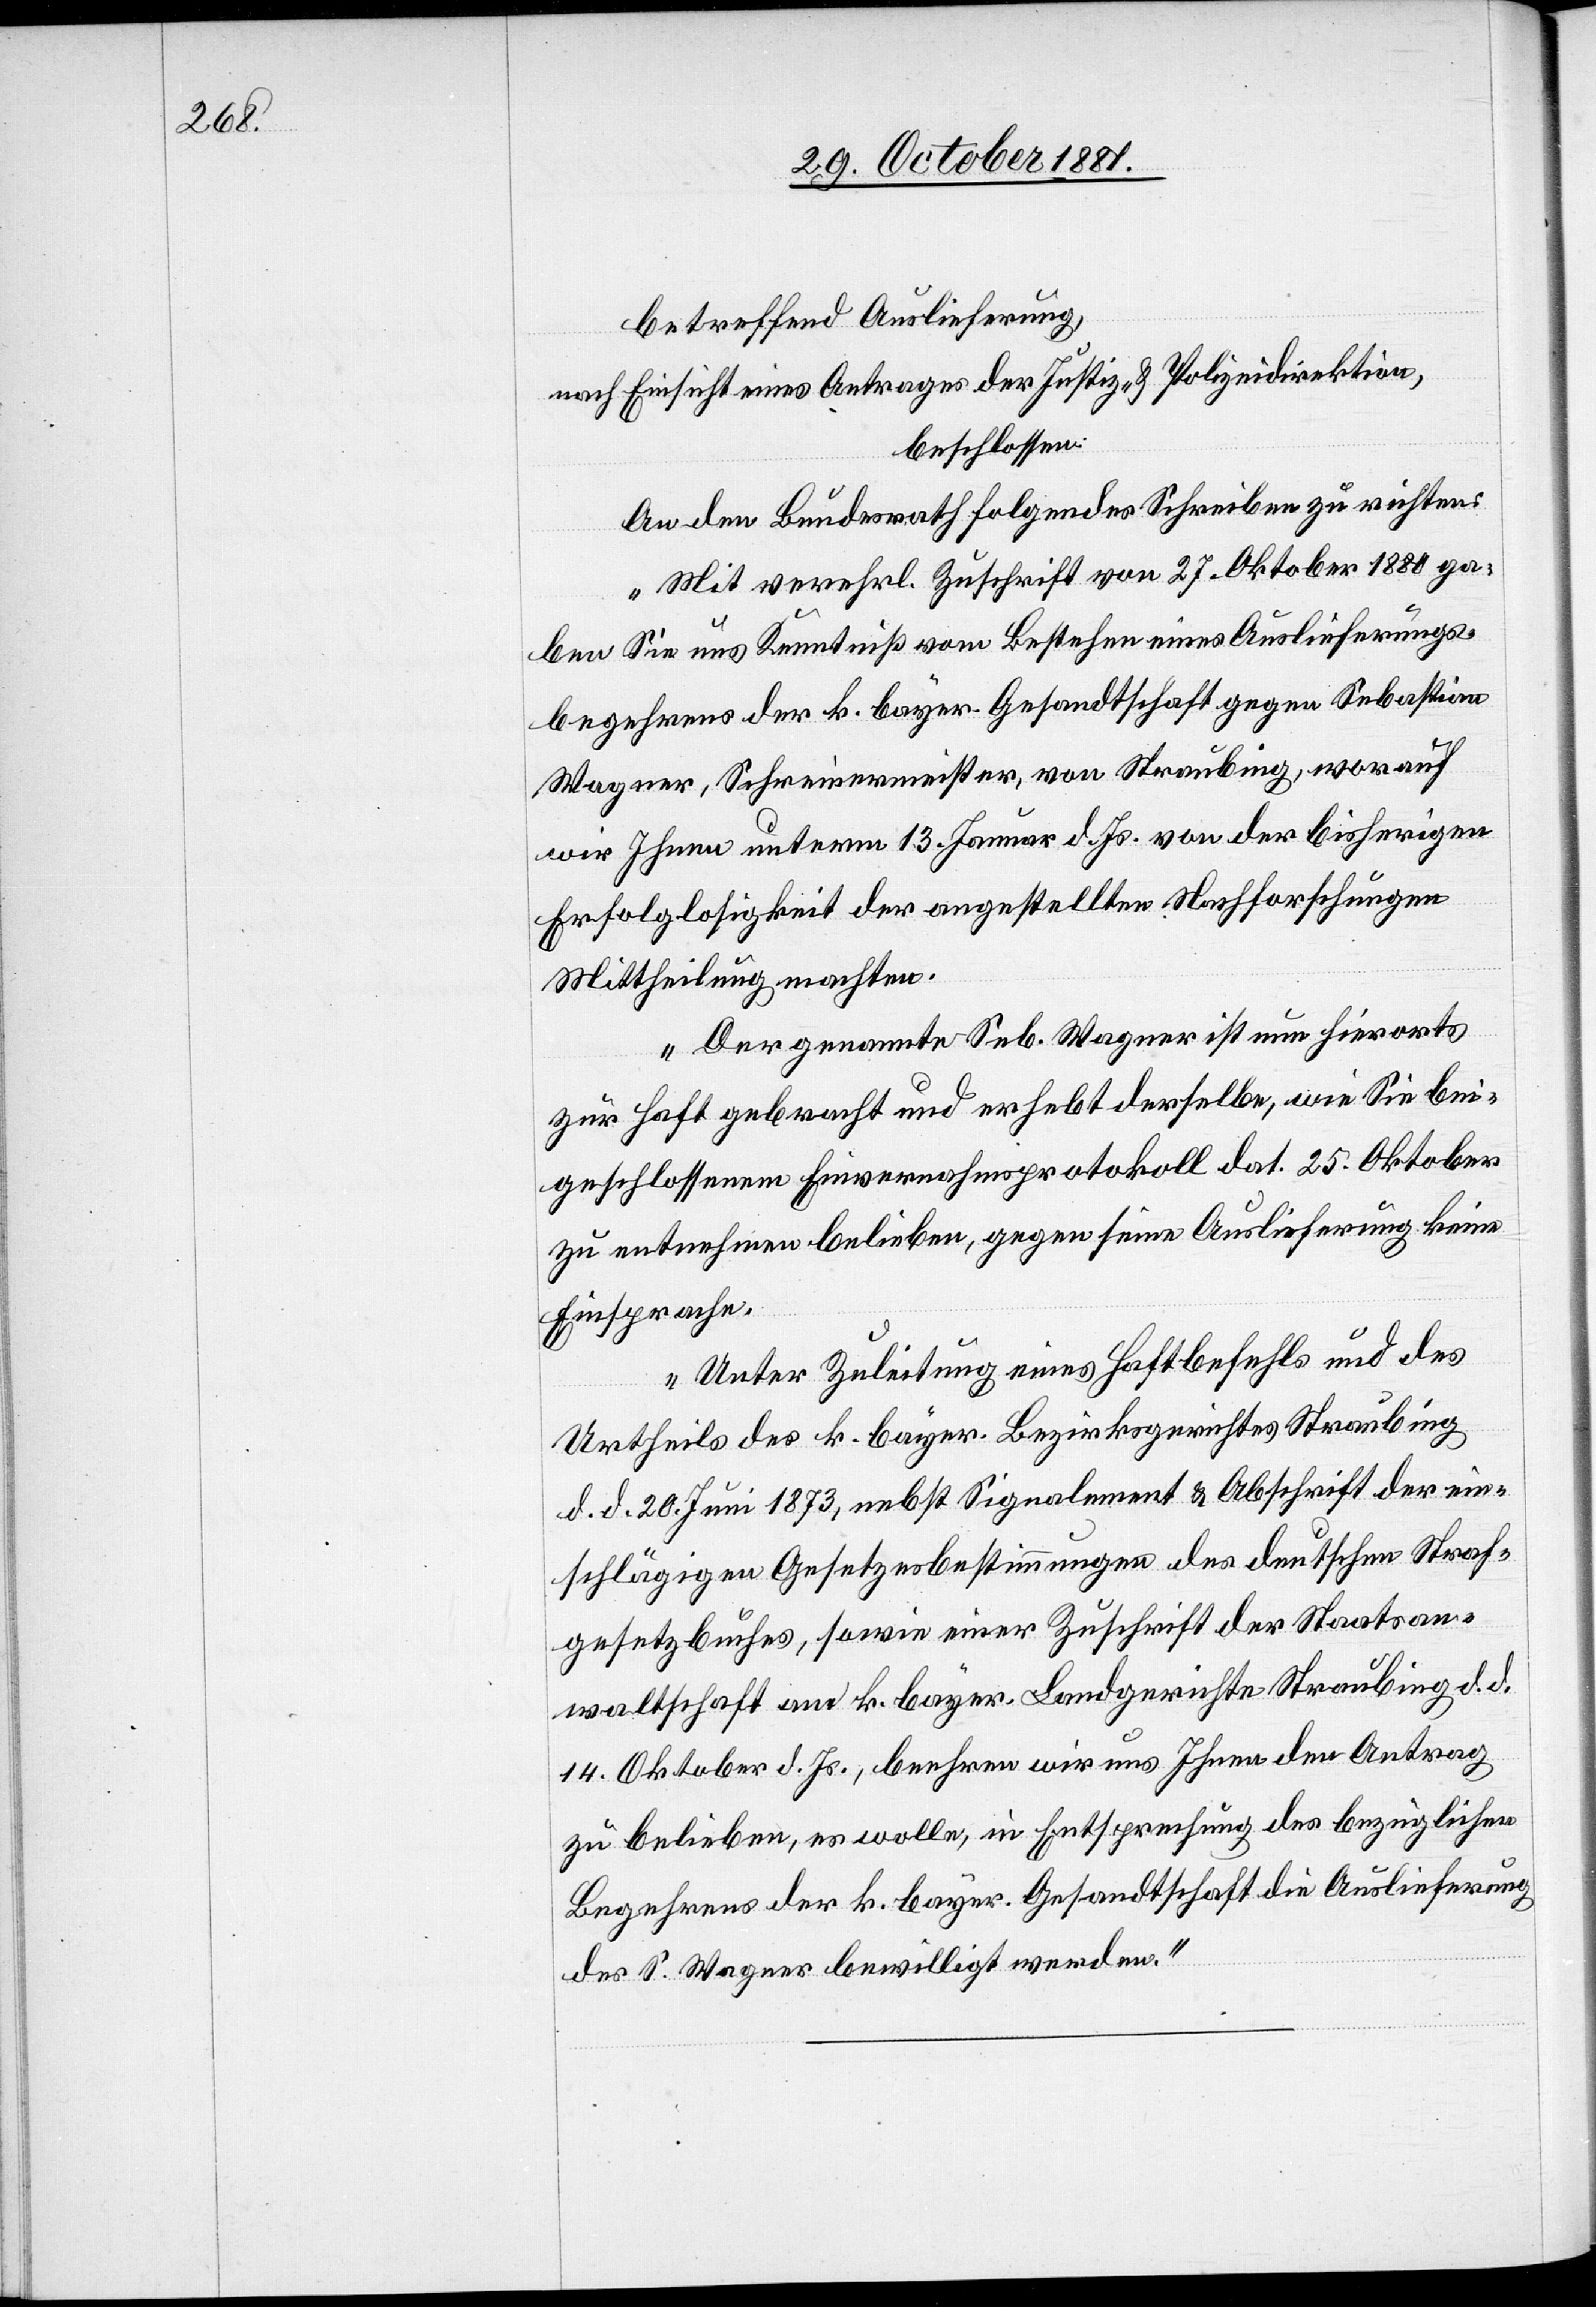
betreffend Auslieferung,
nach Einsicht eines Antrages der Justiz- & Polizeidirektion,
beschlossen:
An den Bundesrath folgendes Schreiben zu richten:
„Mit verehrl. Zuschrift vom 27. Oktober 1880 ga¬
ben Sie uns Kenntniß vom Bestehen eines Auslieferungs¬
begehrens der k. bayer. Gesandtschaft gegen Sebastian
Wagner, Schreinermeister, von Straubing, worauf
wir Ihnen unterm 13. Januar d. Js. von der bisherigen
Erfolglosigkeit der angestellten Nachforschungen
Mittheilung machten.
Der genannte Seb. Wagner ist nun hierorts
zur Haft gebracht und erhebt derselbe, wie Sie bei¬
geschlossenem Einvernahmsprotokoll dat. 25. Oktober
zu entnehmen belieben, gegen seine Auslieferung keine
Einsprache.
Unter Zuleitung eines Haftbefehls und des
Urtheils des k. bayer. Bezirksgerichtes Straubing
d. d. 20. Juni 1873, nebst Signalement & Abschrift der ein¬
schlägigen Gesetzesbestimmungen des deutschen Straf¬
gesetzbuches, sowie einer Zuschrift der Staatsan¬
waltschaft ans k. bayer. Landgerichte Straubing d. d.
14. Oktober d. Js., beehren wir uns Ihnen den Antrag
zu belieben, es wolle, in Entsprechung des bezüglichen
Begehrens der k. bayer. Gesandtschaft die Auslieferung
des S. Wagner bewilligt werden.“